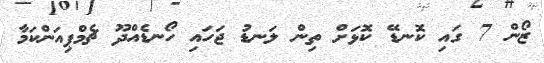
ޒޯން 7 ގައި ކޮނޑޭ ކޮޅަށް ތިން ލަނޑު ޖަހައި ހޯނޑެއްދޫ ޗެމްޕިއަންކަމާ